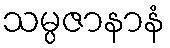
သမ္ပဇာနာနံ